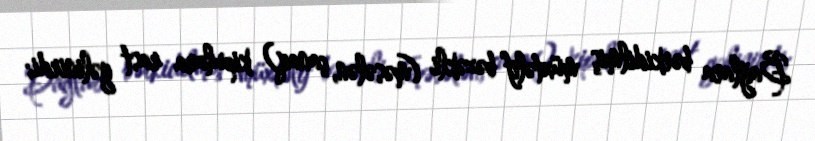
Bağlara bərkidilmiş müxtəlif bəzəkli (məsələn, çanaq) kipulara rast gəlinirdi;